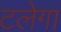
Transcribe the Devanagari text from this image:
टलेगा